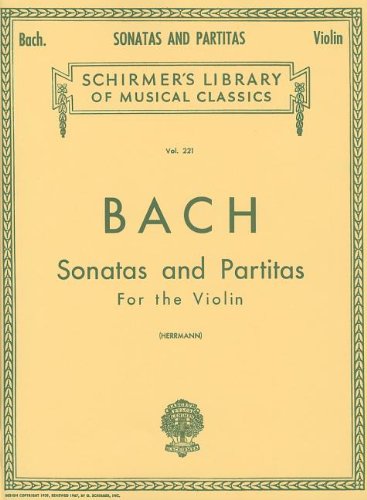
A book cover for Sonatas and Partitas: Violin Solo (Schirmer's Library of Musical Classics); Humor & Entertainment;